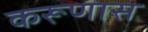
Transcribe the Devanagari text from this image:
करूणास